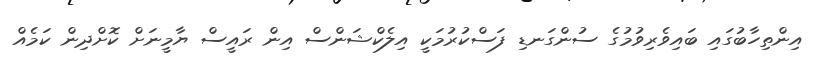
އިންތިހާބުގައި ބައިވެރިވުމުގެ ސުންގަނޑި ފަސްކުރުމަކީ އިލެކްޝަންސް އިން ރައީސް ޔާމީނަށް ކޮށްދިން ކަމެއް